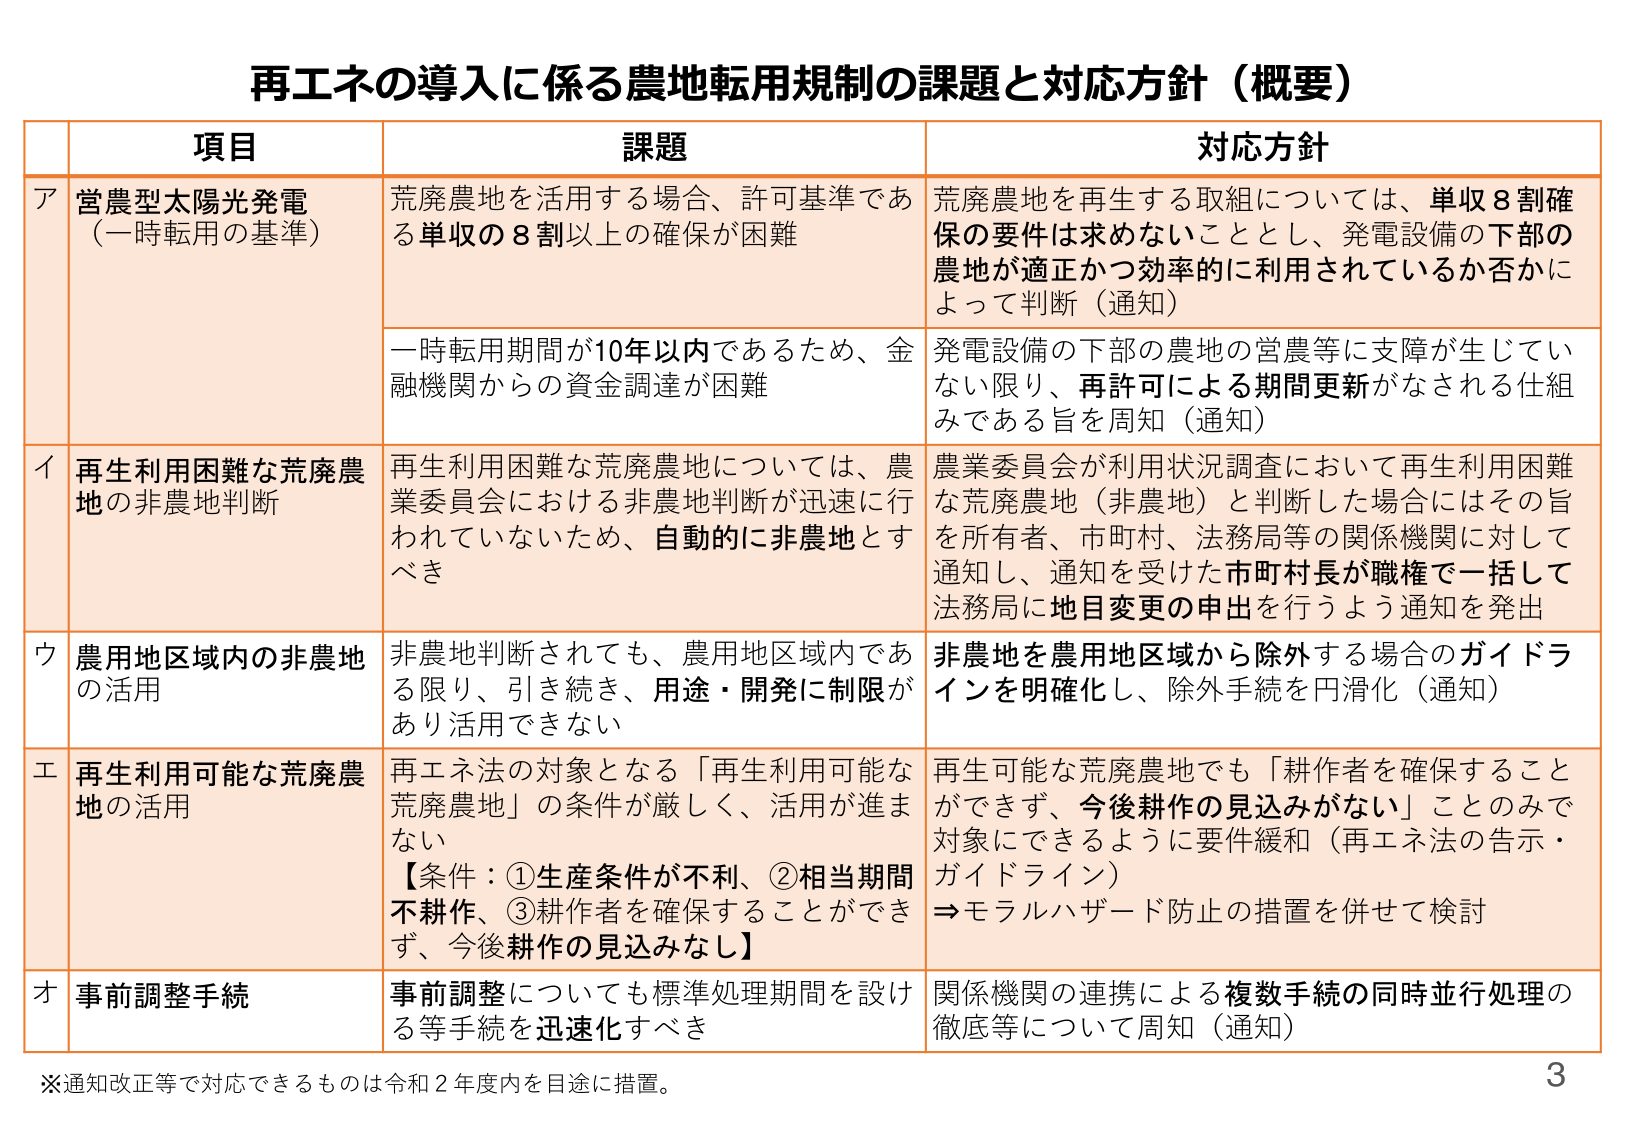
再エネの導入に係る農地転用規制の課題と対応方針（概要）

項目 課題 対応方針
ア 営農型太陽光発電 （一時転用の基準） 荒廃農地を活用する場合、許可基準である単収の８割以上の確保が困難 荒廃農地を再生する取組については、単収８割確保の要件は求めないこととし、発電設備の下部の農地が適正かつ効率的に利用されているか否かによって判断（通知）
一時転用期間が10年以内であるため、金融機関からの資金調達が困難 発電設備の下部の農地の営農等に支障が生じていない限り、再許可による期間更新がなされる仕組みである旨を周知（通知）
イ 再生利用困難な荒廃農地の非農地判断 再生利用困難な荒廃農地については、農業委員会における非農地判断が迅速に行われていないため、自動的に非農地とすべき 農業委員会が利用状況調査において再生利用困難な荒廃農地（非農地）と判断した場合にはその旨を所有者、市町村、法務局等の関係機関に対して通知し、通知を受けた市町村長が職権で一括して法務局に地目変更の申出を行うよう通知を発出
ウ 農用地区域内の非農地の活用 非農地判断されても、農用地区域内である限り、引き続き、用途・開発に制限があり活用できない 非農地を農用地区域から除外する場合のガイドラインを明確化し、除外手続を円滑化（通知）
エ 再生利用可能な荒廃農地の活用 再エネ法の対象となる「再生利用可能な荒廃農地」の条件が厳しく、活用が進まない 【条件：①生産条件が不利、②相当期間不耕作、③耕作者を確保することができず、今後耕作の見込みなし】 再生可能な荒廃農地でも「耕作者を確保することができず、今後耕作の見込みがない」ことのみで対象にできるように要件緩和（再エネ法の告示・ガイドライン） ⇒モラルハザード防止の措置を併せて検討
オ 事前調整手続 事前調整についても標準処理期間を設ける等手続を迅速化すべき 関係機関の連携による複数手続の同時並行処理の徹底等について周知（通知）

※通知改正等で対応できるものは令和２年度内を目途に措置。
3